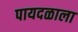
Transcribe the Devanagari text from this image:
पायदळाला